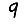
Digit: 9